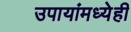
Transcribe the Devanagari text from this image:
उपायांमध्येही